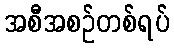
အစီအစဉ်တစ်ရပ်